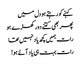
کہنے کو رہتے ہو دل میں
پھر بھی کتنے دور کھڑے ہو
رات ہمیں کچھ یاد نہیں تھا
رات بہت ہی یاد آئے ہو!